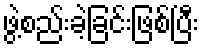
ဖွဲ့စည်းခဲ့ခြင်းဖြစ်ပြီး